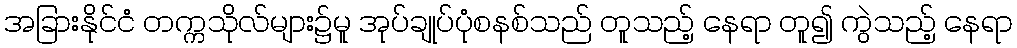
အခြားနိုင်ငံ တက္ကသိုလ်များ၌မူ အုပ်ချုပ်ပုံစနစ်သည် တူသည့် နေရာ တူ၍ ကွဲသည့် နေရာ